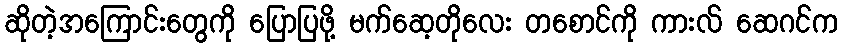
ဆိုတဲ့အကြောင်းတွေကို ပြောပြဖို့ မက်ဆေ့တိုလေး တစောင်ကို ကားလ် ဆေဂင်က